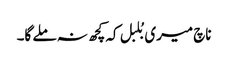
ناچ میری بُلبل کہ کچھ نہ ملے گا۔